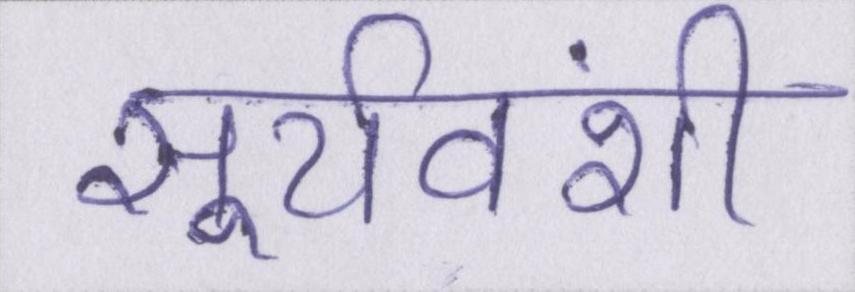
सूर्यवंशी